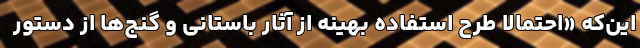
این‌که «احتمالا طرح استفاده بهینه از آثار باستانی و گنج‌ها از دستور